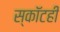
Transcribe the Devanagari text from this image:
स्कॉटही